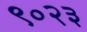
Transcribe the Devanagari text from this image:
९०२३